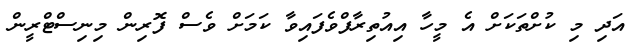
އަދި މި ކުށްތަކަށް އެ މީހާ އިއުތިރާފްވެފައިވާ ކަމަށް ވެސް ފޮރިން މިނިސްޓްރީން